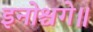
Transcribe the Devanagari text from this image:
इनोश्चगे॥